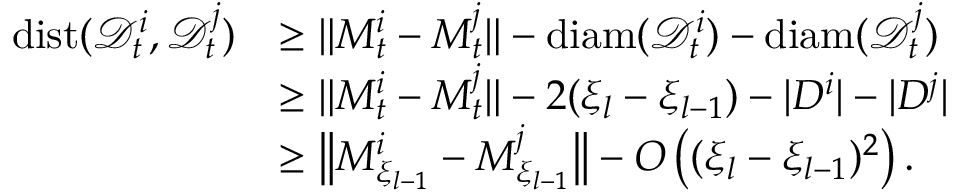
\begin{array} { r l } { \mathrm { d i s t } ( \mathscr { D } _ { t } ^ { i } , \mathscr { D } _ { t } ^ { j } ) } & { \geq \| M _ { t } ^ { i } - M _ { t } ^ { j } \| - \mathrm { d i a m } ( \mathscr { D } _ { t } ^ { i } ) - \mathrm { d i a m } ( \mathscr { D } _ { t } ^ { j } ) } \\ & { \geq \| M _ { t } ^ { i } - M _ { t } ^ { j } \| - 2 ( \xi _ { l } - \xi _ { l - 1 } ) - | D ^ { i } | - | D ^ { j } | } \\ & { \geq \big \| M _ { \xi _ { l - 1 } } ^ { i } - M _ { \xi _ { l - 1 } } ^ { j } \big \| - O \left( ( \xi _ { l } - \xi _ { l - 1 } ) ^ { 2 } \right) . } \end{array}